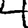
Digit: 4